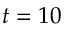
t = 1 0